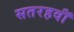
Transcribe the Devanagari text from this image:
सतरहवॉं